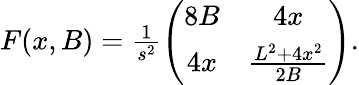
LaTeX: \begin{array}{r}{F(x,B)=\frac 1{s^{2}}\left(\begin{array}{cc}{8B}&{4x}\\ {4x}&{\frac{L^{2}+4x^{2}}{2B}}\end{array}\right).}\end{array}